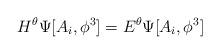
LaTeX: \begin{align*}H^{\theta} \Psi [A_i,\phi^3]=E^{\theta} \Psi[A_i,\phi^3]\end{align*}